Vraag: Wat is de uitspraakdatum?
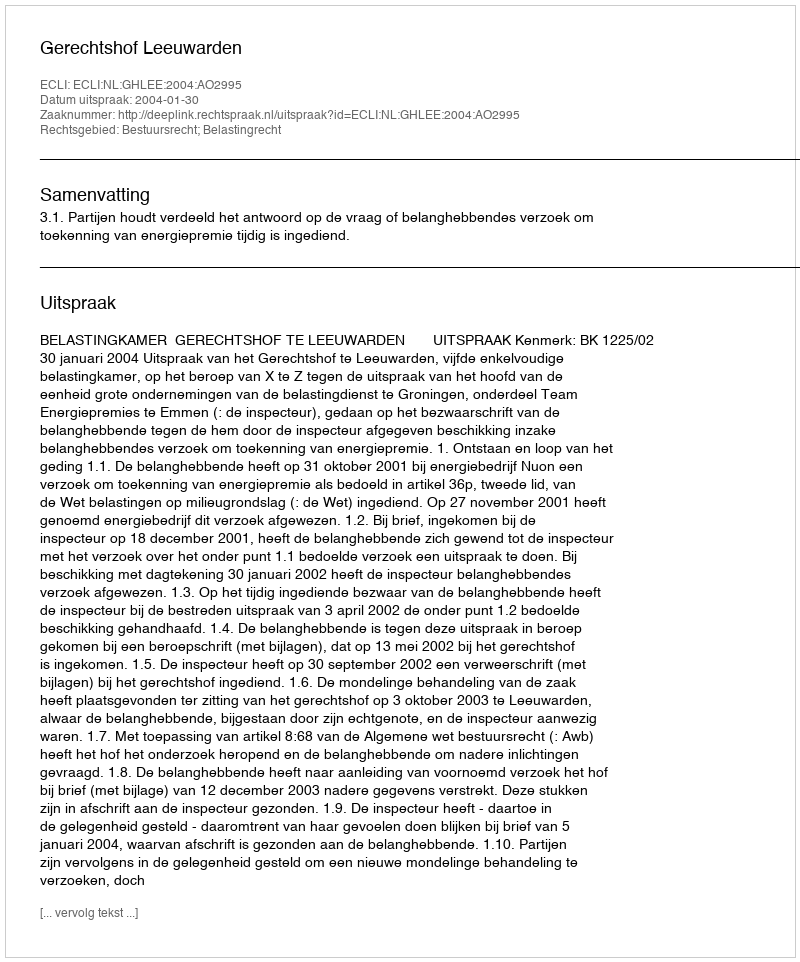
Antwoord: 2004-01-30